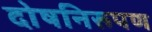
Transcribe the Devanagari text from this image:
दोषनिरूपण